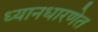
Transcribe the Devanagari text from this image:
ध्यानधारणेत